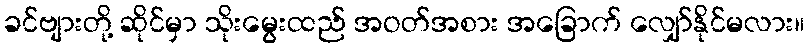
ခင်ဗျားတို့ ဆိုင်မှာ သိုးမွေးထည် အဝတ်အစား အခြောက် လျှော်နိုင်မလား။